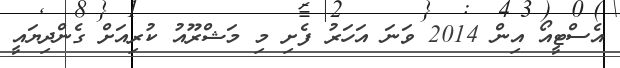
އެސްޓީއޯ އިން 2014 ވަނަ އަހަރު ފެށި މި މަޝްރޫއު ކުރިއަށް ގެންދިޔައީ